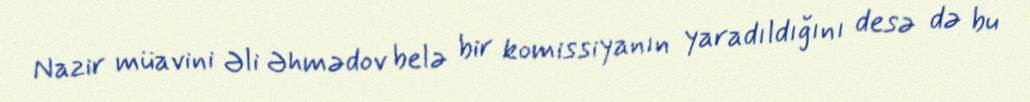
Nazir müavini Əli Əhmədov belə bir komissiyanın yaradıldığını desə də bu